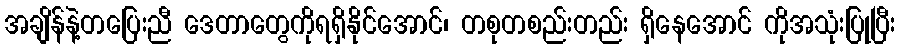
အချိန်နဲ့တပြေးညီ ဒေတာတွေကိုရရှိနိုင်အောင်၊ တစုတစည်းတည်း ရှိနေအောင် ကိုအသုံးပြုပြီး